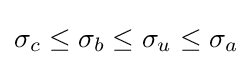
\sigma _{c}\leq \sigma _{b}\leq \sigma _{u}\leq \sigma _{a}